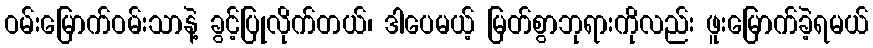
ဝမ်းမြောက်ဝမ်းသာနဲ့ ခွင့်ပြုလိုက်တယ်၊ ဒါပေမယ့် မြတ်စွာဘုရားကိုလည်း ဖူးမြောက်ခဲ့ရမယ်